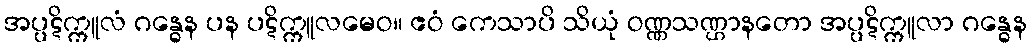
အပ္ပဋိက္ကူလံ ဂန္ဓေန ပန ပဋိက္ကူလမေဝ။ ဧဝံ ကေသာပိ သိယုံ ဝဏ္ဏသဏ္ဌာနတော အပ္ပဋိက္ကူလာ ဂန္ဓေန